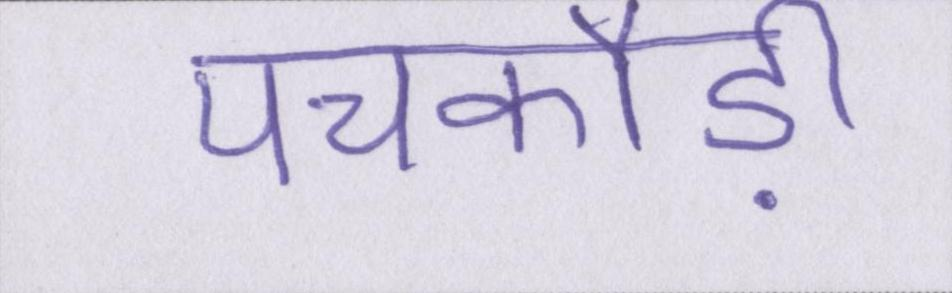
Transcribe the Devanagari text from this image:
पचकौड़ी